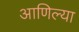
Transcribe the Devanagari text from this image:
आणिल्या